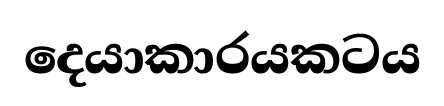
දෙයාකාරයකටය